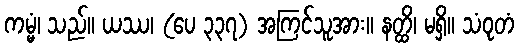
ကမ္မံ၊ သည်။ ယဿ၊ (ပေ ၃၃၇) အကြင်သူအား။ နတ္ထိ၊ မရှိ။ သံဝုတံ